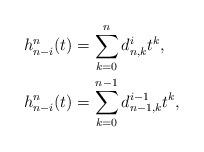
LaTeX: \begin{align*}&h_{n-i}^n(t)=\sum_{k=0}^n d^i_{n,k} t^k, \\&h_{n-i}^n(t)=\sum_{k=0}^{n-1} d^{i-1}_{n-1,k} t^k, \end{align*}